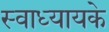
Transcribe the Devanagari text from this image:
स्‍वाध्‍यायके